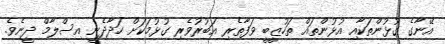
އޭނާގެ ގުޅުންތަކާއި އުޅުންތައް ތަހުޒީބީ ވަފާތެރި އަބުރުވެރި ގުޅުމަކަށް ހަދާދެނީ އިސްލާމް ދީނެވެ.